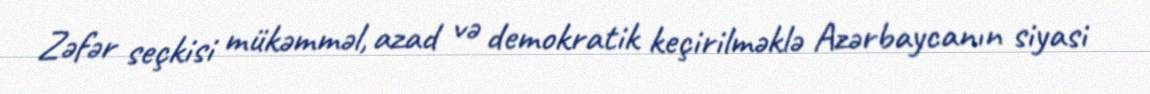
Zəfər seçkisi mükəmməl, azad və demokratik keçirilməklə Azərbaycanın siyasi